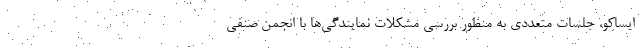
ایساکو، جلسات متعددی به منظور بررسی مشکلات نمایندگی‌‌ها با انجمن صنفی